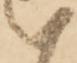
い